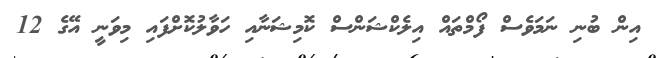
އިން ބުނި ނަމަވެސް ފޯމްތައް އިލެކްޝަންސް ކޮމިޝަނާއި ހަވާލުކޮށްފައި މިވަނީ އޭގެ 12